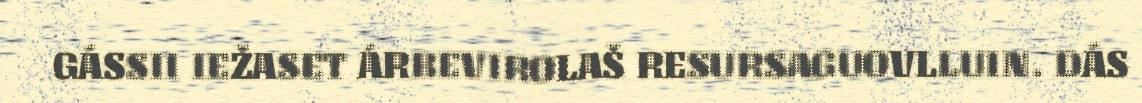
GÁSSII IEŽASET ÁRBEVIROLAŠ RESURSAGUOVLLUIN. DÁS